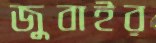
জুবাইর